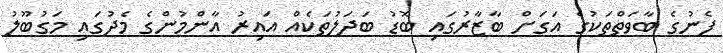
ފެނުގެ ބާވަތްތަކުގެ އަގަށް ބާޒާރުގައި ބޮޑު ބަދަލުތަކެއް އައިރު އާންމުންގެ މެދުގައި މަގުބޫލު